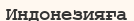
Индонезияға